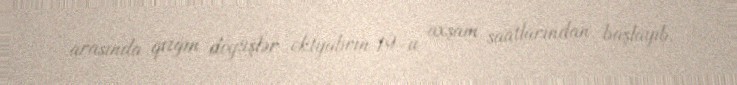
arasında qızğın döyüşlər oktyabrın 19-u axşam saatlarından başlayıb.